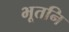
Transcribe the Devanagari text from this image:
भूतनि